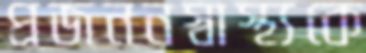
প্রজননস্বাস্থ্যকে